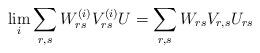
LaTeX: \begin{align*}\lim_i\sum_{r,s}W^{(i)}_{rs}V^{(i)}_{rs}U=\sum_{r,s} W_{rs}V_{r,s}U_{rs}\end{align*}